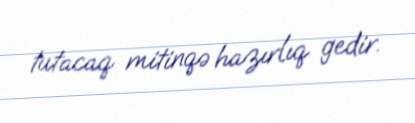
tutacaq mitinqə hazırlıq gedir.